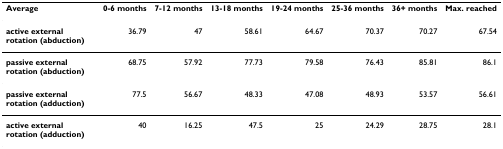
<table><thead><tr><td><b>Average</b></td><td><b>0-6 months</b></td><td><b>7-12 months</b></td><td><b>13-18 months</b></td><td><b>19-24 months</b></td><td><b>25-36 months</b></td><td><b>36+ months</b></td><td><b>Max. reached</b></td></tr></thead><tbody><tr><td><b>active external rotation (abduction)</b></td><td>36.79</td><td>47</td><td>58.61</td><td>64.67</td><td>70.37</td><td>70.27</td><td>67.54</td></tr><tr><td><b>passive external rotation (abduction)</b></td><td>68.75</td><td>57.92</td><td>77.73</td><td>79.58</td><td>76.43</td><td>85.81</td><td>86.1</td></tr><tr><td><b>passive external rotation (adduction)</b></td><td>77.5</td><td>56.67</td><td>48.33</td><td>47.08</td><td>48.93</td><td>53.57</td><td>56.61</td></tr><tr><td><b>active external rotation (adduction)</b></td><td>40</td><td>16.25</td><td>47.5</td><td>25</td><td>24.29</td><td>28.75</td><td>28.1</td></tr></tbody></table>